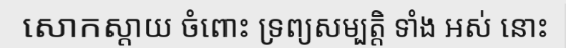
សោកស្តាយ ចំពោះ ទ្រព្យសម្បត្តិ ទាំង ឣស់ នោះ